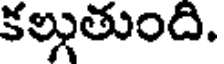
కల్గుతుంది.